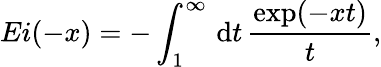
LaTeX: Ei(-x)=-\int_{1}^{\infty}\, \mathrm{d}t\, \frac{\exp(-xt)}{t},